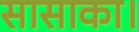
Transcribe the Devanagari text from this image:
सासाका।